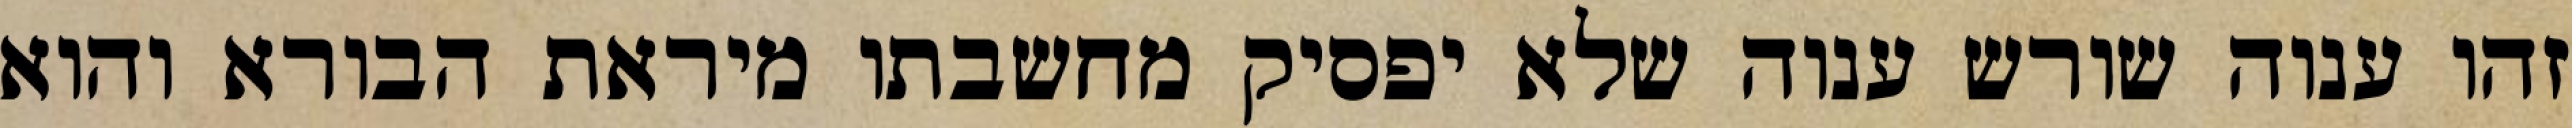
זהו ענוה שורש ענוה שלא יפסיק מחשבתו מיראת הבורא והוא